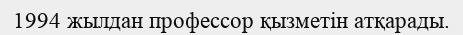
1994 жылдан профессор қызметін атқарады.